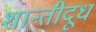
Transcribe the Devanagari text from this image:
शान्तीदूध